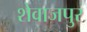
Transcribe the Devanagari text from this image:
शेवाजपुर